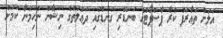
އަލަށް ތަޢާރަފު ކުރާ ޕާސްޕޯޓުގެ ބަނޑޭރި ގަނޑުގައި ދަޢުލަތުގެ ނިޝާން ނުހިމަނާ ކަމަށް